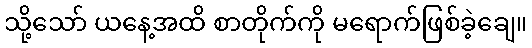
သို့သော် ယနေ့အထိ စာတိုက်ကို မရောက်ဖြစ်ခဲ့ချေ။